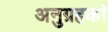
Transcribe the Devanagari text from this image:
अनुग्रहकां